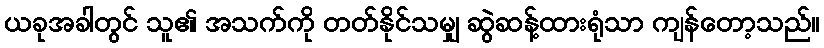
ယခုအခါတွင် သူ၏ အသက်ကို တတ်နိုင်သမျှ ဆွဲဆန့်ထားရုံသာ ကျန်တော့သည်။